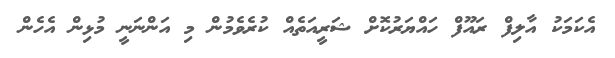
އެކަމަކު އާލިފް ރައޫފް ހައްޔަރުކޮށް ޝަރީއަތެއް ކުރެވެމުން މި އަންނަނީ މުޅިން އެހެން